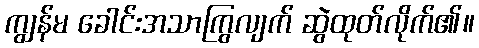
ကျွန်မ ခေါင်းအသာကြွလျက် ဆွဲထုတ်လိုက်၏။